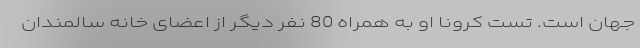
جهان است. تست کرونا او به همراه 80 نفر دیگر از اعضای خانه سالمندان